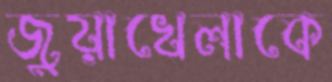
জুয়াখেলাকে